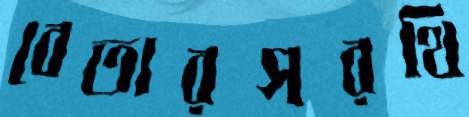
বেতারসরথি